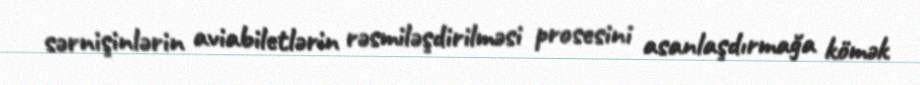
sərnişinlərin aviabiletlərin rəsmiləşdirilməsi prosesini asanlaşdırmağa kömək